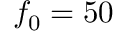
f _ { 0 } = 5 0